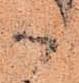
か